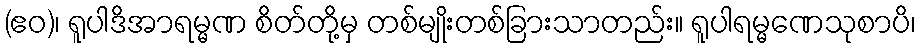
(ဧဝ)၊ ရူပါဒိအာရမ္မဏ စိတ်တို့မှ တစ်မျိုးတစ်ခြားသာတည်း။ ရူပါရမ္မဏေသုစာပိ၊